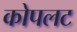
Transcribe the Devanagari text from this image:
कोपलट